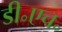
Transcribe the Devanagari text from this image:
डी॰एच॰